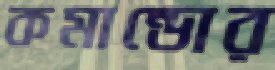
কমান্ডোর